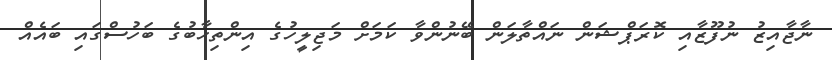
ނާޖާއިޒު ނުފޫޒާއި ކޮރަޕްޝަން ނައްތާލަން ބޭނުންވާ ކަމަށް މަޖިލީހުގެ އިންތިހާބުގެ ބަހުސްގައި ބައެއް